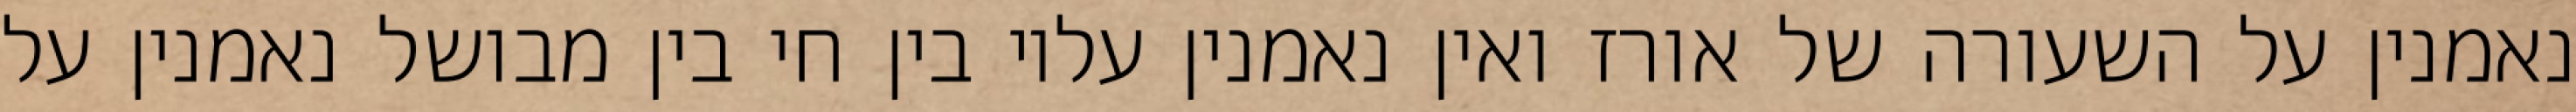
נאמנין על השעורה של אורז ואין נאמנין עליו בין חי בין מבושל נאמנין על